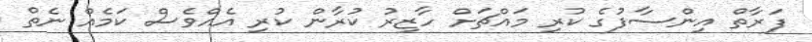
ފަރާތް އިންސާފުގެ ކުރި މައްޗަށް ހާޒިރު ކުރާން ކުރި އެއްވެސް ކަމެއް ނެތް